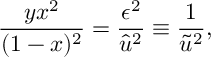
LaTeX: \frac { y x ^ { 2 } } { ( 1 - x ) ^ { 2 } } = \frac { \epsilon ^ { 2 } } { \hat { u } ^ { 2 } } \equiv \frac { 1 } { \tilde { u } ^ { 2 } } ,